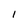
Character: l